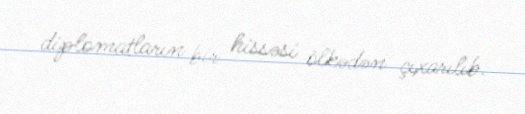
diplomatların bir hissəsi ölkədən çıxarılıb.